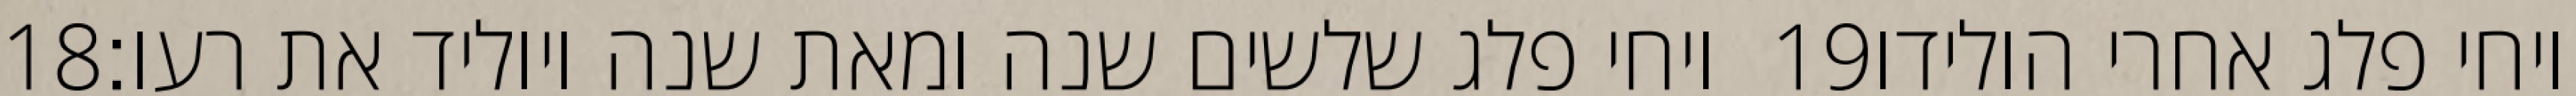
‎18‏ ויחי פלג שלשים שנה ומאת שנה ויוליד את רעו׃ ‎19‏ ויחי פלג אחרי הולידו